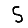
Digit: 5